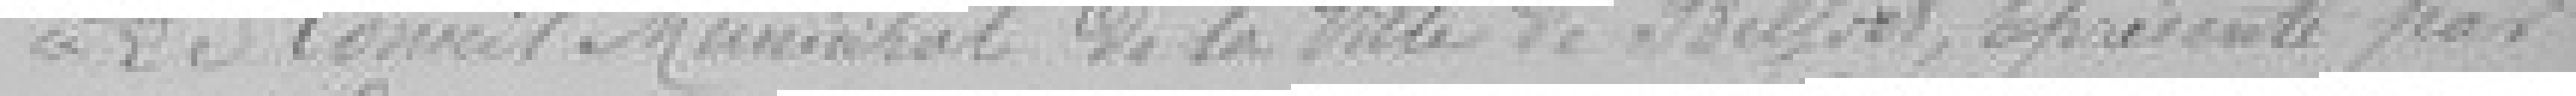
Le Conseil Municipal de la ville de Belfort, représenté par